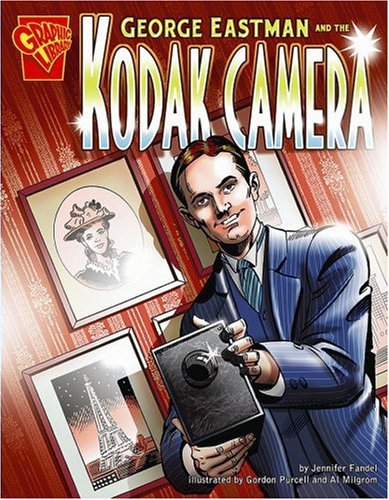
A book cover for George Eastman and the Kodak Camera (Inventions and Discovery); Jennifer Fandel; Children's Books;